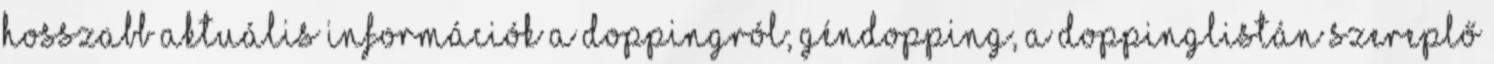
hosszabb aktuális információk a doppingról; géndopping, a doppinglistán szereplő